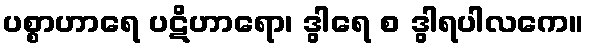
ပစ္စာဟာရေ ပဋိဟာရော၊ ဒွါရေ စ ဒွါရပါလကေ။